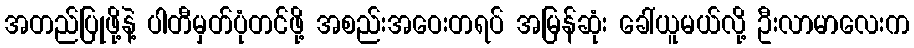
အတည်ပြုဖို့နဲ့ ပါတီမှတ်ပုံတင်ဖို့ အစည်းအဝေးတရပ် အမြန်ဆုံး ခေါ်ယူမယ်လို့ ဦးလာမာလေးက